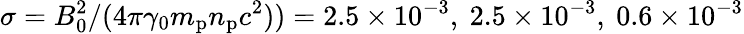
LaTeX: \sigma=B_{0}^{2}/(4\pi\gamma_{0}m_{\mathrm{p}}n_{\mathrm{p}}c^{2}))=2.5\times 10^{-3},\ 2.5\times 10^{-3},\ 0.6\times 10^{-3}